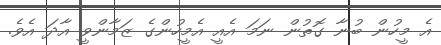
އެ މީހުން ބުނާ ގޮތުން ނަމަ އެއީ އެމީހުންގެ ޒަމާންވީ އާދަ އެވެ.